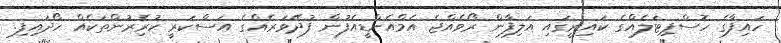
ހައިފާގެ ހޮސްޕިޓަލެއްގެ ކައިރީގައި އަލިފާން ރޯވެއްޖެ އެމްއެންޑީއެފުން ފުދޭވަރެއްގެ އަސްކަރީ ކުރިެރުންތަކެއް ހޯދައިފި.